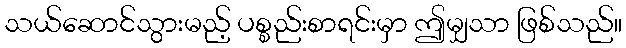
သယ်ဆောင်သွားမည့် ပစ္စည်းစာရင်းမှာ ဤမျှသာ ဖြစ်သည်။